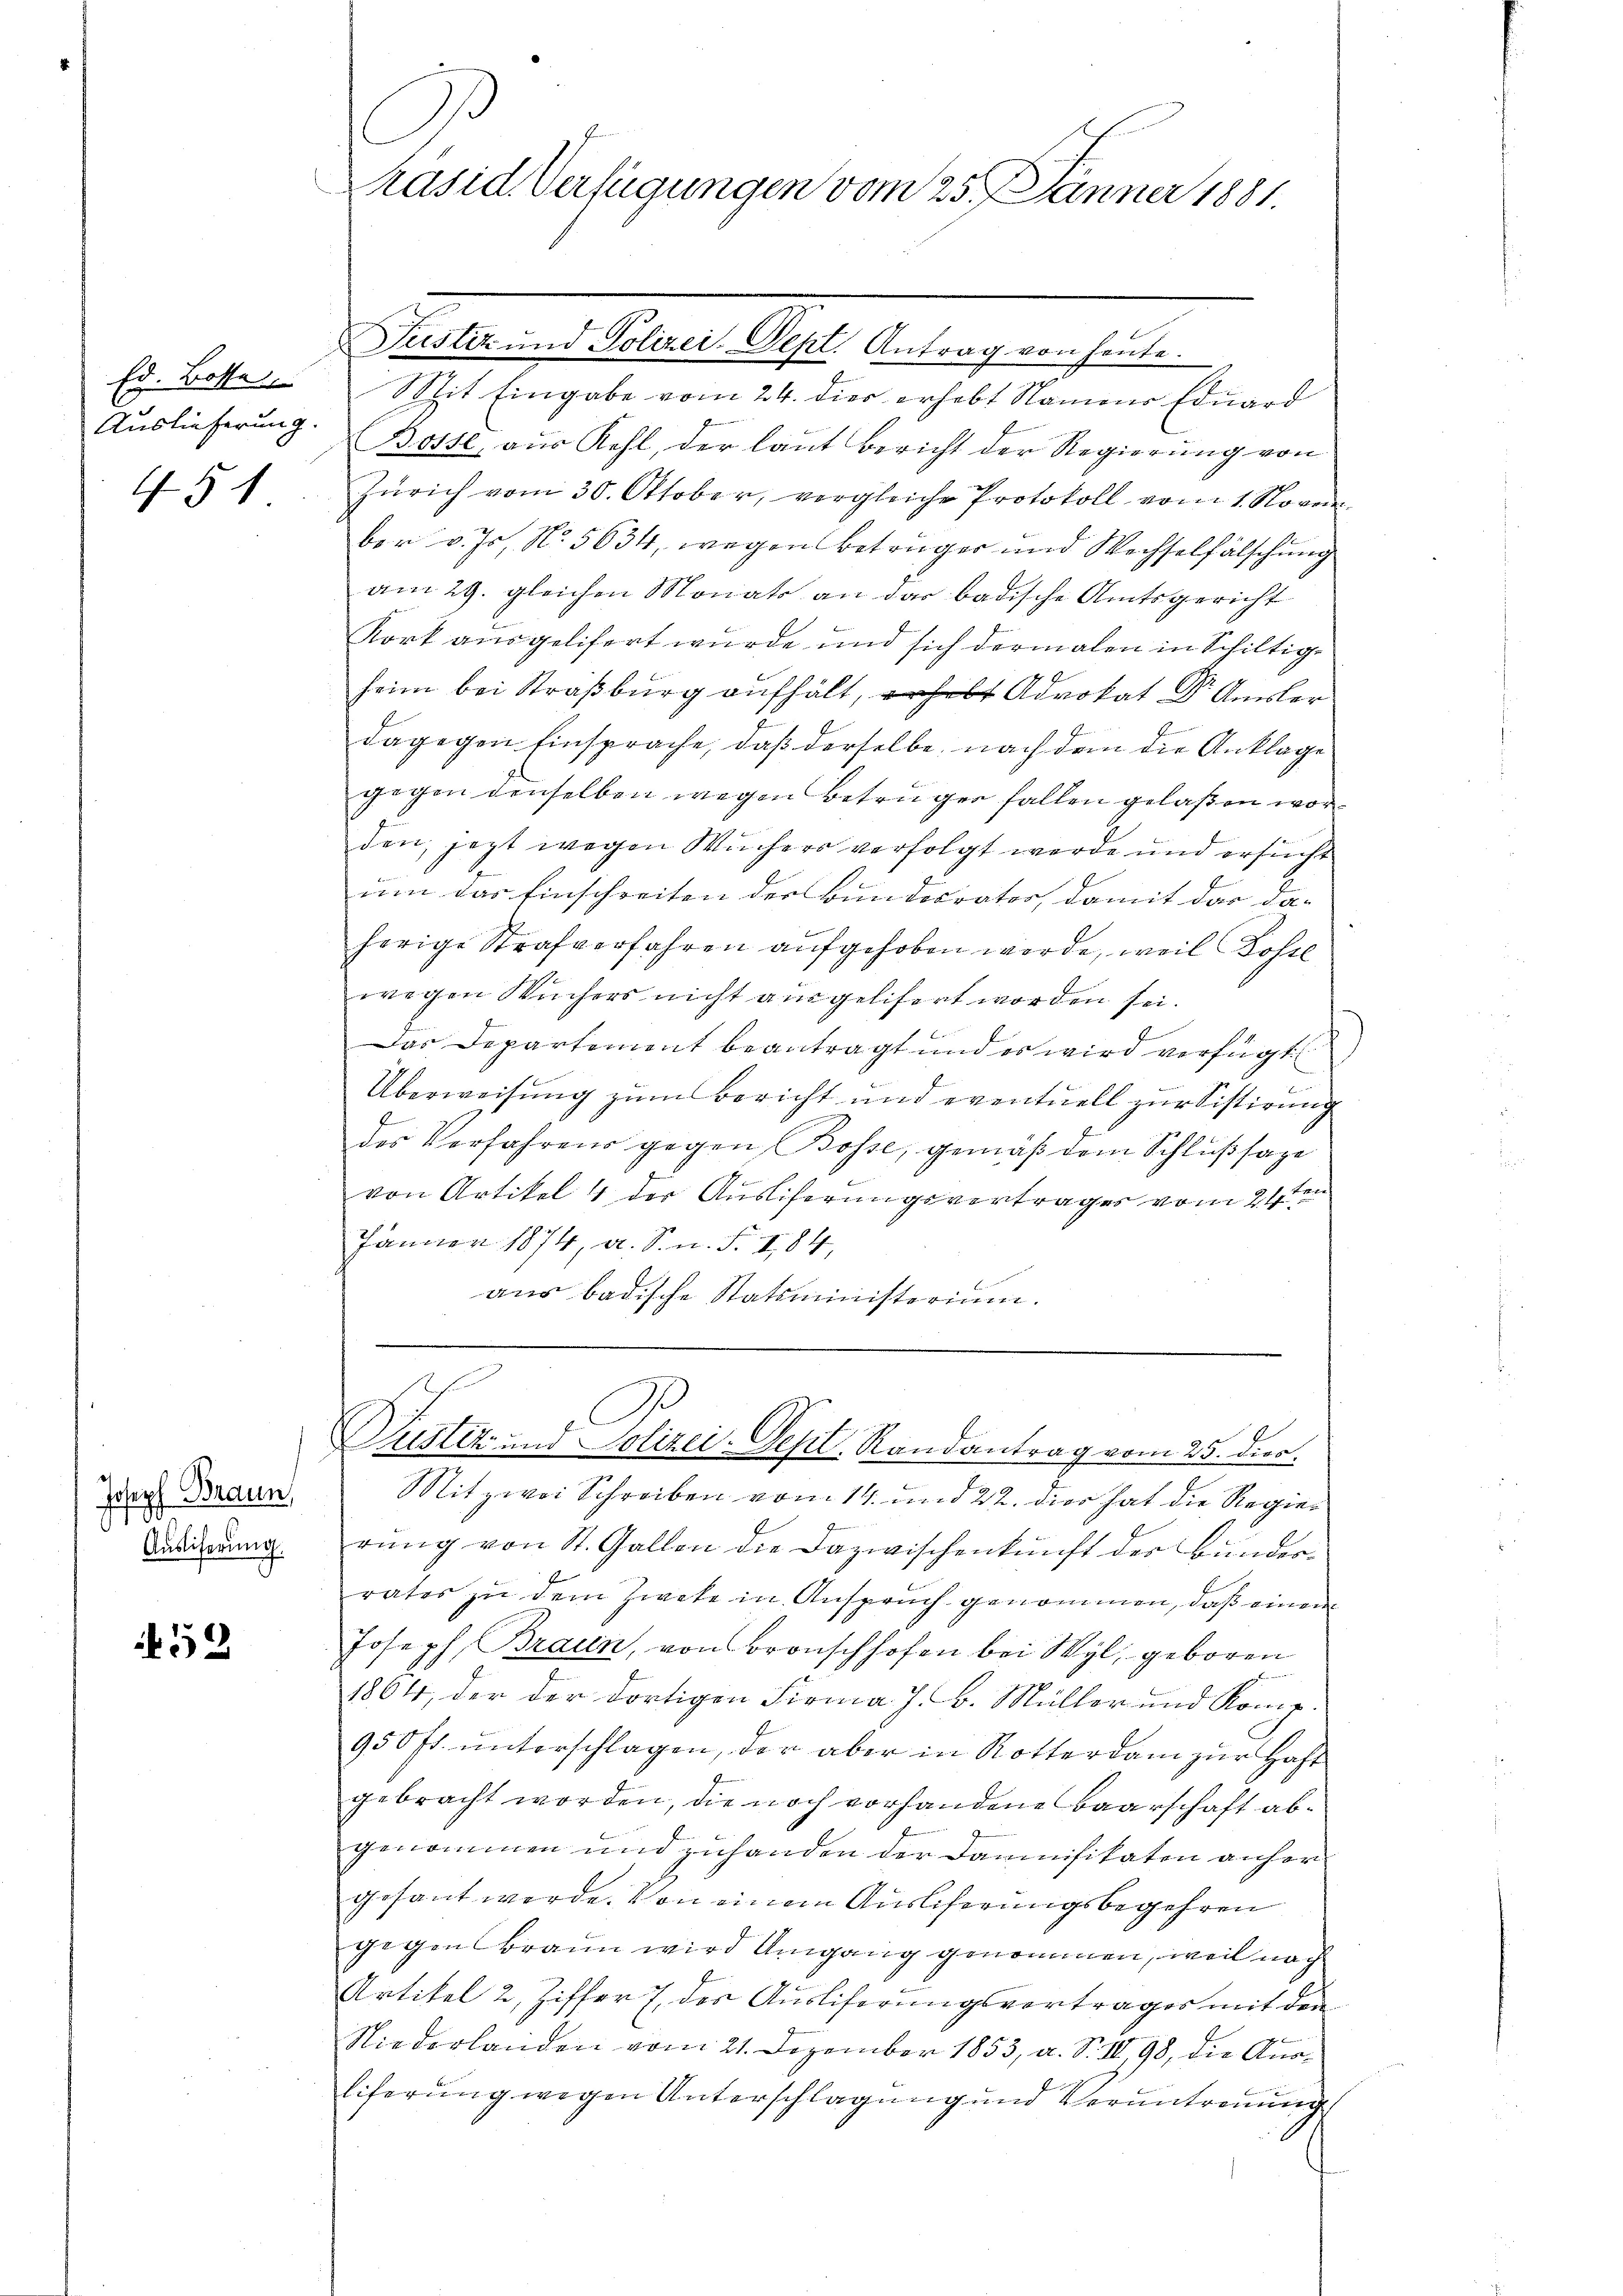
Ed. Bosse
Auslieferung.
E

451

Joseph Braun
Auslieferung.

52

Jo
Präsid. Verfügungen vom 25. Jänner 1881

Mit Eingabe vom 24. dies erhebt Namens Eduard
Bosse aus Kehl, der laut Bericht der Regierung von
i
Zürich vom 30. Oktober, vergleiche Protokoll vom 1. November v. Js. No. 5634, wegen Betrager und Wechselfälschung
am 29. gleichen Monats an das badische Amtsgericht
Kort ausgelifert wurde und sich dermalen in Schiltig
heim bei Straßburg aufhält, erhebt Advokat Dr. Ausler
dagegen Einsprache, daß derselbe, nach dem die Anklage
gegen denselben wegen Betrüger fallen gelaßen worden, jezt wegen Wuchers verfolgt werde und ersucht
um das Einschreiten der Bundesrater, damit das da-
herige Strafverfahren aufgehoben werde, weil Kostl
wegen Wuchers nicht ausgelifert worden sei.
Das Departement beantragt und es wird verfügt
Überweisŭng zŭm Bericht und eventuell zŭr Sistirung
E
des Vorfahrens gegen Bosse, gemäß dem Schlußsage
von Artikel 4 der Auslieferungsvertrages vom 21sten
Jänner 1874, a. S. n. F. II,84
aus badische Statsministerium.
A
Justiz und Polizei- Vest. Randantrag vom 25. dies.
Mitzwei Schreiben vom 14. und 22. dies hat die Regierŭng von St. Gallen die Dazwischenkunft des Bunderrates zu dem Zwete in Anspruch genommen, daß einem
Joseph Braun, von Bronschhofen bei Wyl, geboren
1804, der der dortigen Firma J. B. Müller und Komp.
950 fl. ŭnterschlagen, der aber in Rotterdam zŭr Haft
gebracht worden, die noch vorhandene Baarschaft abgenommen und zuhanden der Daunifikaten anher
gesant werde. Von einem Ausliferungsbegehren
gegen Brann wird Umgang genommen, weil nach
Artikel 2, Ziffer 7 des Ausliferungsvertrages mit den
g
Niederlanden vom 21. Dezember 1853, a. S. III 98, die Aus¬
Eiferung wegen Unterschlagung und Verantreuung

Justiz und Polizei-Dept. Antrag von heute.